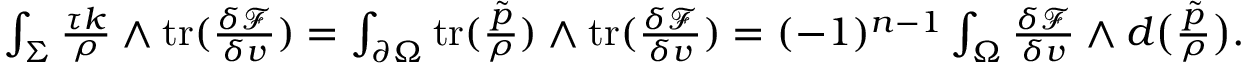
\begin{array} { r } { \int _ { \Sigma } \frac { \tau k } { \rho } \wedge \mathrm { t r } ( \frac { \delta \mathcal { F } } { \delta v } ) = \int _ { \partial \Omega } \mathrm { t r } ( \frac { \tilde { p } } { \rho } ) \wedge \mathrm { t r } ( \frac { \delta \mathcal { F } } { \delta v } ) = ( - 1 ) ^ { n - 1 } \int _ { \Omega } \frac { \delta \mathcal { F } } { \delta v } \wedge d \big ( \frac { \tilde { p } } { \rho } \big ) . } \end{array}